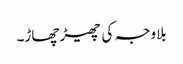
بلاوجہ کی چھیڑ چھاڑ۔